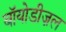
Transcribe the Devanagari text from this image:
बॉयोडीज़ल